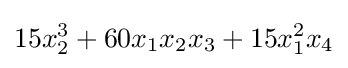
15x_{2}^{3}+60x_{1}x_{2}x_{3}+15x_{1}^{2}x_{4}